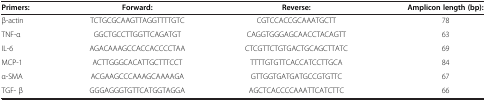
| Primers: | Forward: | Reverse: | Amplicon length (bp): |
 | --- | --- | --- | --- |
 | β-actin | TCTGCGCAAGTTAGGTTTTGTC | CGTCCACCGCAAATGCTT | 78 |
 | TNF-α | GGCTGCCTTGGTTCAGATGT | CAGGTGGGAGCAACCTACAGTT | 63 |
 | IL-6 | AGACAAAGCCACCACCCCTAA | CTCGTTCTGTGACTGCAGCTTATC | 69 |
 | MCP-1 | ACTTGGGCACATTGCTTTCCT | TTTTGTGTTCACCATCCTTGCA | 84 |
 | α-SMA | ACGAAGCCCAAAGCAAAAGA | GTTGGTGATGATGCCGTGTTC | 67 |
 | TGF- β | GGGAGGGTGTTCATGGTAGGA | AGCTCACCCCAAATTCATCTTC | 66 |